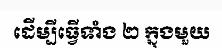
ដើម្បីធ្វើទាំង ២ ក្នុងមួយ